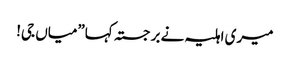
میری اہلیہ نے برجستہ کہا”میاں جی!